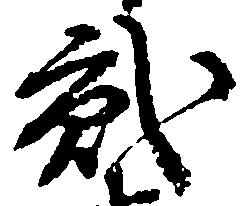
弐